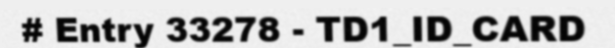
# Entry 33278 - TD1_ID_CARD